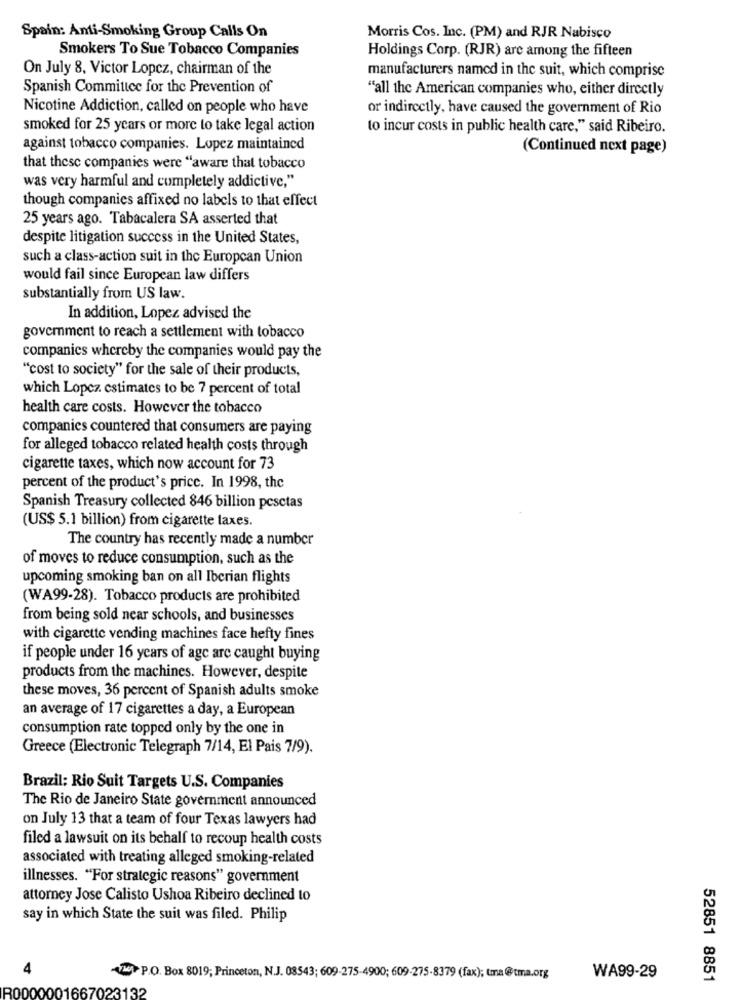
Spain: Anti-Smoking Group Calls On
Morris Cos. Inc. (PM) and RJR Nabisco
Smokers To Sue Tobacco Companies
Holdings Corp. (RJR) are among the fifteen
On July 8, Victor Lopez, chairman of the
manufacturers named in the suit, which comprise
Spanish Committee for the Prevention of
"all the American companies who, either directly
Nicotine Addiction, called on people who have
or indirectly, have caused the government of Rio
smoked for 25 years or more to take legal action
to incur costs in public health care," said Ribeiro.
against tobacco companies. Lopez maintained
(Continued next page)
that these companies were "aware that tobacco
was very harmful and completely addictive,"
though companies affixed no labels to that effect
25 years ago. Tabacalera SA asserted that
despite litigation success in the United States,
such a class-action suit in the European Union
would fail since European law differs
substantially from US law.
In addition, Lopez advised the
goverment to reach a settlement with tobacco
companies whereby the companies would pay the
"cost to society" for the sale of their products,
which Lopez. estimates to be 7 percent of total
health care costs. However the tobacco
companies countered that consumers are paying
for alleged tobacco related health costs through
cigarette taxes, which now account for 73
percent of the product's price. In 1998, the
Spanish Treasury collected 846 billion pesetas
(US$ 5.1 billion) from cigarette taxes.
The country has recently made a number
of moves to reduce consumption, such as the
upcoming smoking ban on all Iberian flights
(WA99-28). Tobacco products are prohibited
from being sold near schools, and businesses
with cigarette vending machines face hefty fines
if people under 16 years of age are caught buying
products from the machines. However, despite
these moves, 36 percent of Spanish adults smoke
an average of 17 cigarettes a day, a European
consumption rate topped only by the one in
Greece (Electronic Telegraph 7/14, El Pais 7/9).
Brazil: Rio Suit Targets U.S. Companies
The Rio de Janeiro State government announced
on July 13 that a team of four Texas lawyers had
filed a lawsuit on its behalf to recoup health costs
associated with treating alleged smoking-related
illnesses. "For strategic reasons" government
attorney Jose Calisto Ushoa Ribeiro declined to
say in which State the suit was filed. Philip
4
Vw P.O. Box 8019; Princeton, N.J. 08543; 609-275-4900; 609-275-8379 (fax); tma@tma.org
WA99-29
52851 8851
R0000001667023132